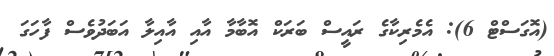
(އޮގަސްޓް 6): އެމެރިކާގެ ރައީސް ބަރަކް އޮބާމާ އާއި އާއިލާ އަބަދުވެސް ފާހަގަ